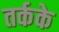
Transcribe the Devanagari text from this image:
तर्कके